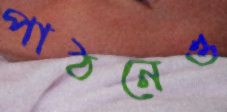
পাঠনেও